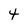
Character: 4